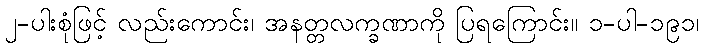
၂-ပါးစုံဖြင့် လည်းကောင်း၊ အနတ္တလက္ခဏာကို ပြရကြောင်း။ ၁-ပါ-၁၉၁၊